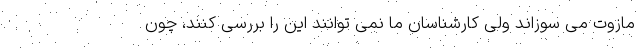
مازوت می سوزاند ولی کارشناسان ما نمی توانند این را بررسی کنند، چون